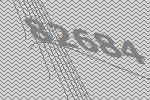
82684